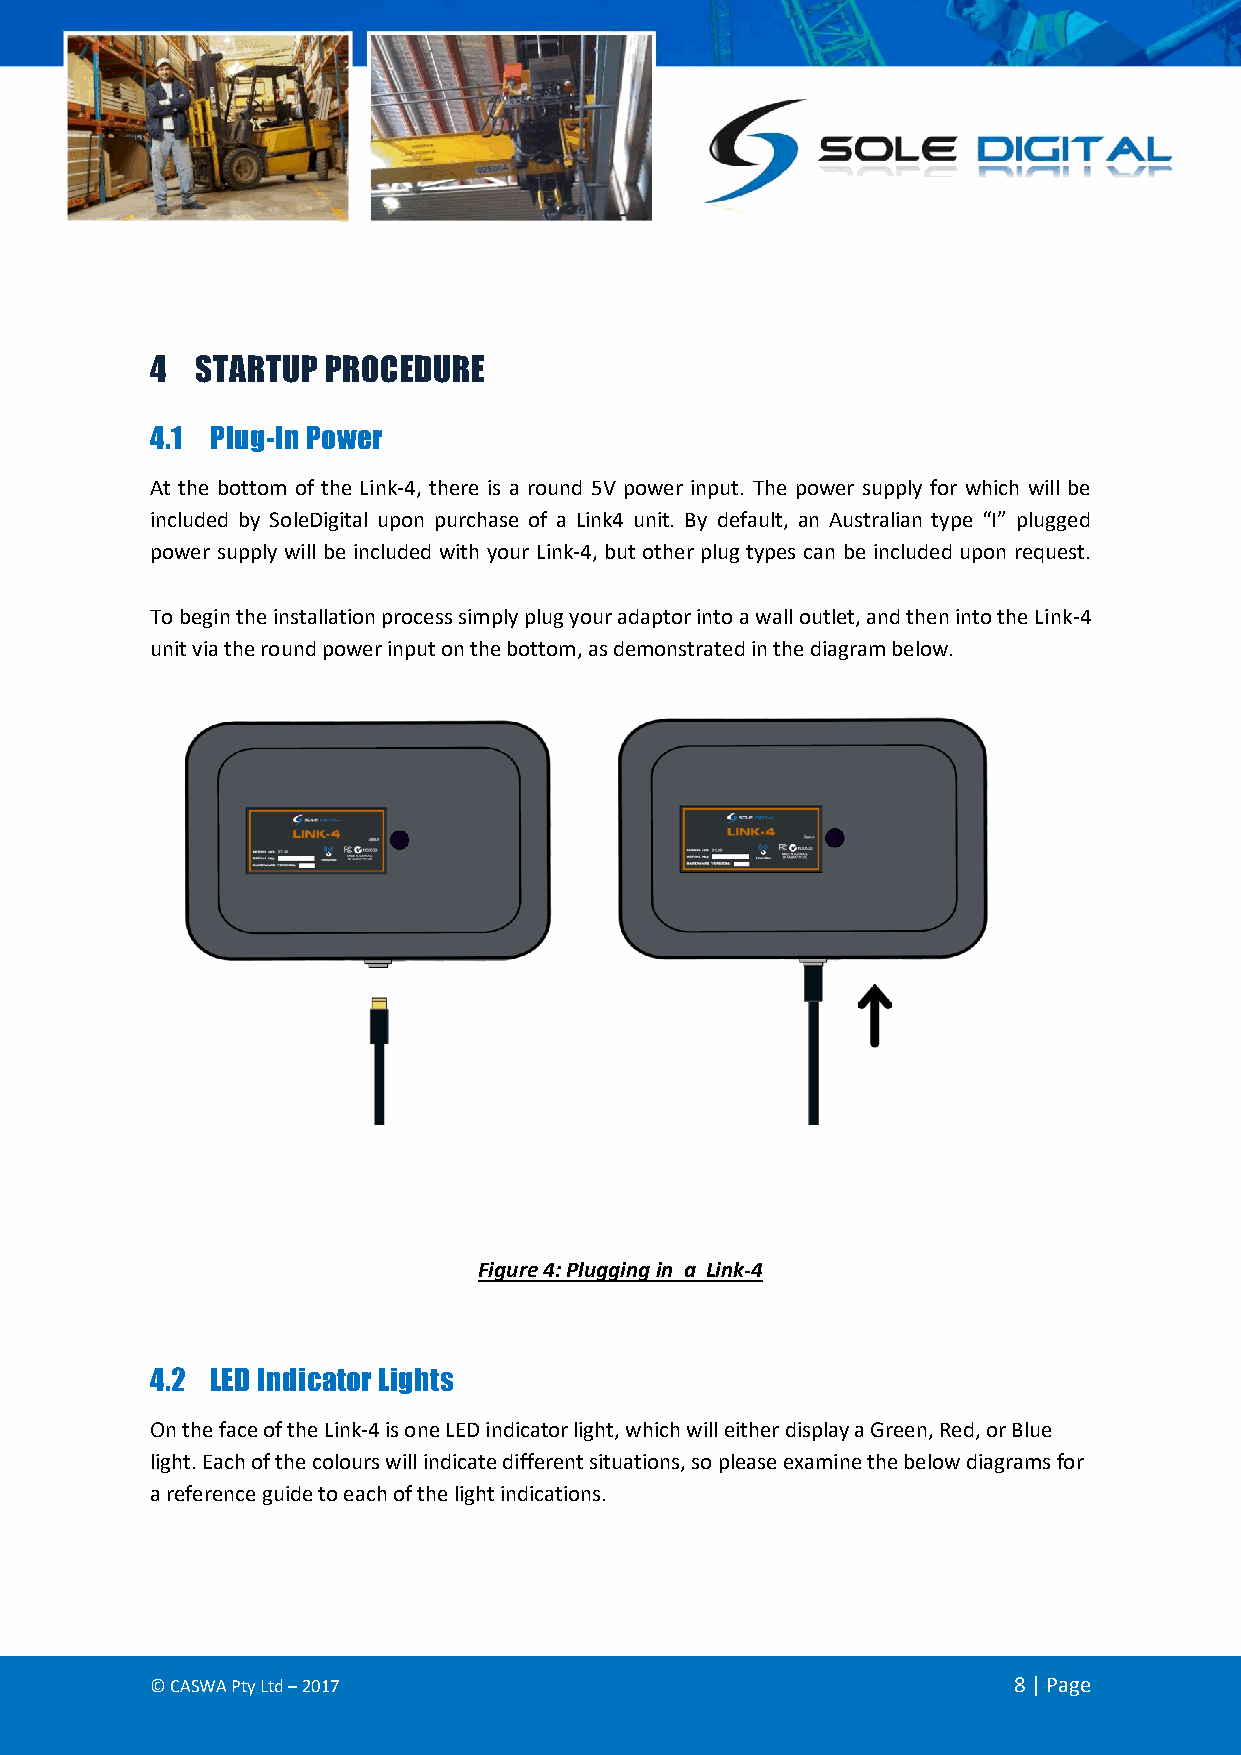
4  STARTUP  PROCEDURE
 4.1 Plug-In Power
 At the bottom of the Link-4, there is a round 5V power input. The power supply for which will be
 included by SoleDigital upon purchase of a Link4 unit. By default, an Australian type “I” plugged
 power supply will be included with your Link-4, but other plug types can be included upon request.
 To begin the installation process simply plug your adaptor into a wall outlet, and then into the Link-4
 unit via the round power input on the bottom, as demonstrated in the diagram below.
 Figure 4: Plugging in a Link-4
 4.2 LED Indicator Lights
 On the face of the Link-4 is one LED indicator light, which will either display a Green, Red, or Blue
 light. Each of the colours will indicate different situations, so please examine the below diagrams for
 a reference guide to each of the light indications.
 © CASWA Pty Ltd – 2017                                   8 | Page